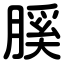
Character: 膎